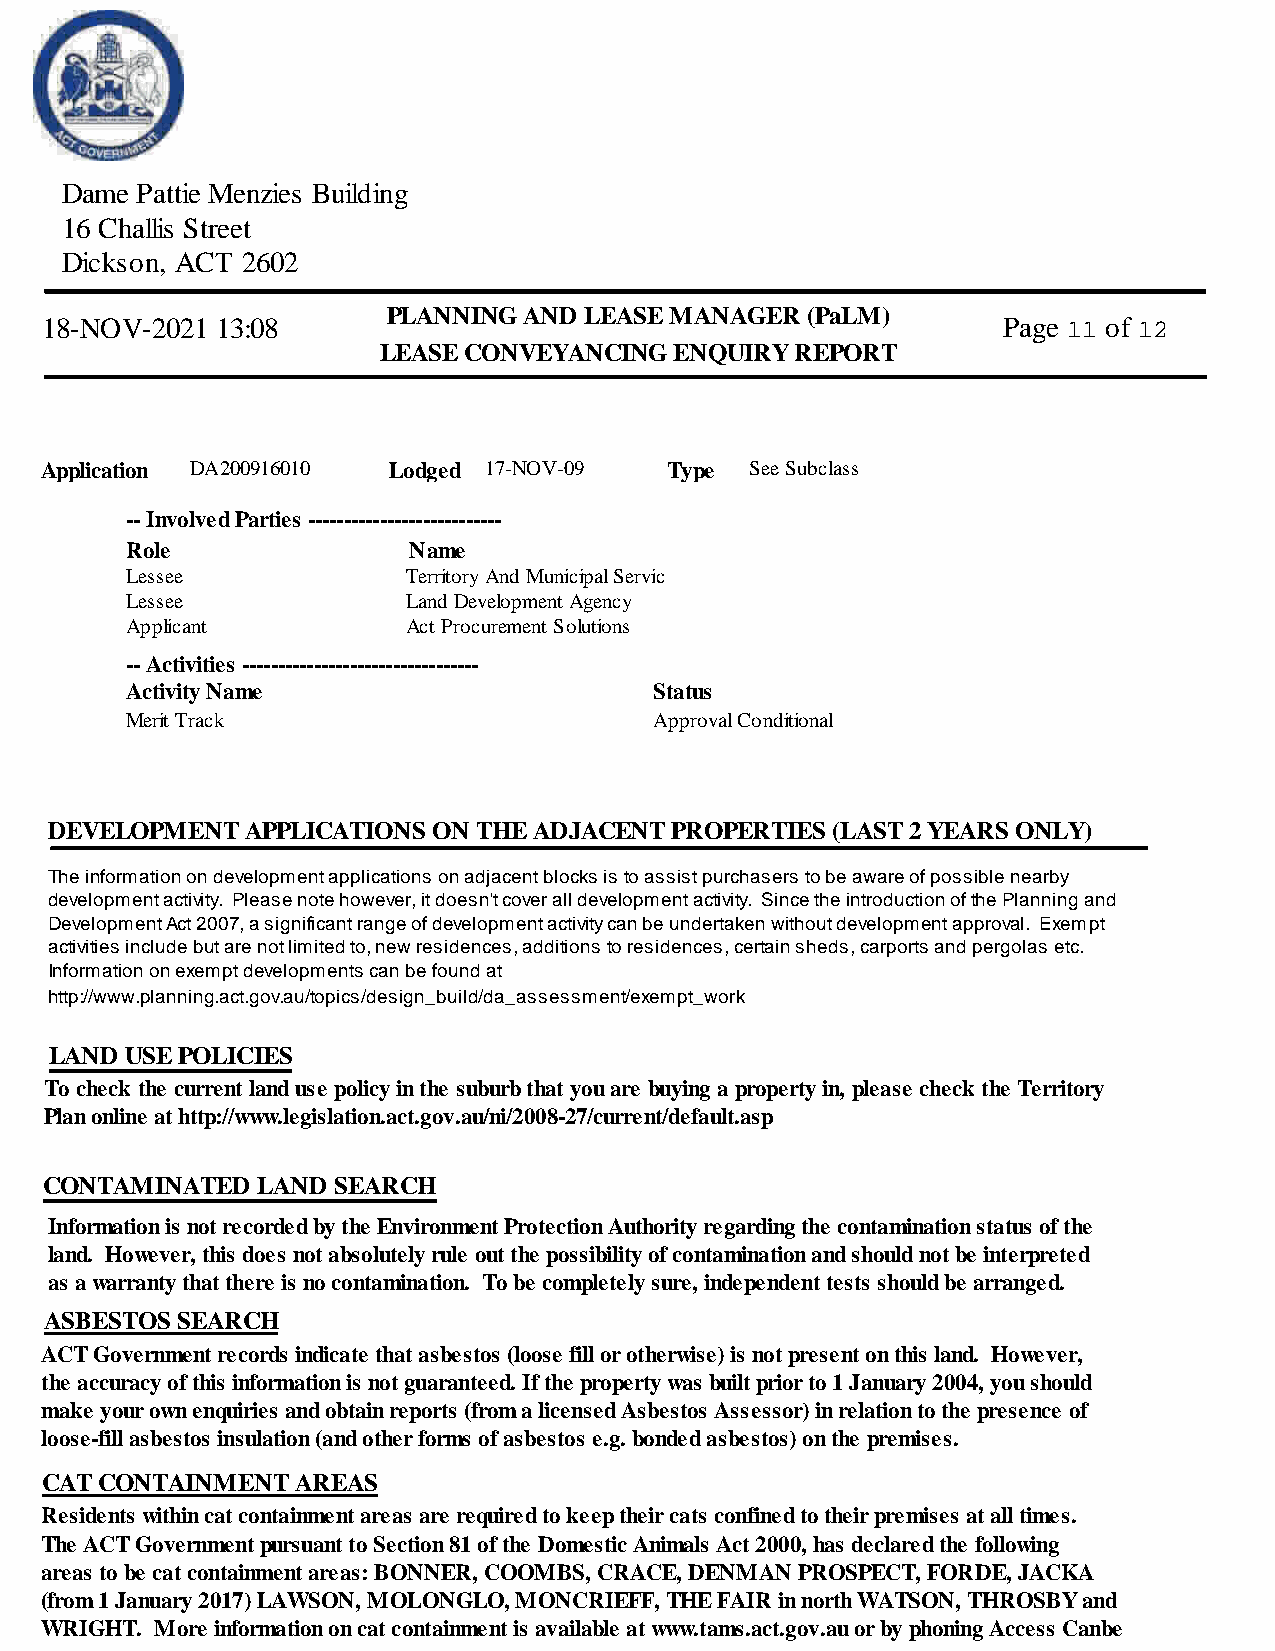
Dame Pattie Menzies Building
 16 Challis Street
 Dickson, ACT 2602
 PLANNING AND LEASE MANAGER  (PaLM)
 18-NOV-2021 13:08                                              Page 11 of 12
 LEASE CONVEYANCING  ENQUIRY  REPORT
 Application DA200916010 Lodged 17-NOV-09 Type  See Subclass
 -- Involved Parties ---------------------------
 Role               Name
 Lessee             Territory And Municipal Servic
 Lessee             Land Development Agency
 Applicant          Act Procurement Solutions
 -- Activities ---------------------------------
 Activity Name                      Status
 Merit Track                        Approval Conditional
 DEVELOPMENT   APPLICATIONS ON THE ADJACENT PROPERTIES (LAST 2 YEARS ONLY)
 The information on development applications on adjacent blocks is to assist purchasers to be aware of possible nearby
 development activity. Please note however, it doesn't cover all development activity. Since the introduction of the Planning and
 Development Act 2007, a significant range of development activity can be undertaken without development approval. Exempt
 activities include but are not limited to, new residences, additions to residences, certain sheds, carports and pergolas etc.
 Information on exempt developments can be found at
 http://www.planning.act.gov.au/topics/design_build/da_assessment/exempt_work
 LAND USE POLICIES
 To check the current land use policy in the suburb that you are buying a property in, please check the Territory
 Plan online at http://www.legislation.act.gov.au/ni/2008-27/current/default.asp
 CONTAMINATED  LAND SEARCH
 Information is not recorded by the Environment Protection Authority regarding the contamination status of the
 land. However, this does not absolutely rule out the possibility of contamination and should not be interpreted
 as a warranty that there is no contamination. To be completely sure, independent tests should be arranged.
 ASBESTOS SEARCH
 ACT Government records indicate that asbestos (loose fill or otherwise) is not present on this land. However,
 the accuracy of this information is not guaranteed. If the property was built prior to 1 January 2004, you should
 make your own enquiries and obtain reports (from a licensed Asbestos Assessor) in relation to the presence of
 loose-fill asbestos insulation (and other forms of asbestos e.g. bonded asbestos) on the premises.
 CAT CONTAINMENT  AREAS
 Residents within cat containment areas are required to keep their cats confined to their premises at all times.
 The ACT Government pursuant to Section 81 of the Domestic Animals Act 2000, has declared the following
 areas to be cat containment areas: BONNER, COOMBS, CRACE, DENMAN PROSPECT, FORDE, JACKA
 (from 1 January 2017) LAWSON, MOLONGLO, MONCRIEFF, THE FAIR in north WATSON, THROSBY and
 WRIGHT. More information on cat containment is available at www.tams.act.gov.au or by phoning Access Canbe